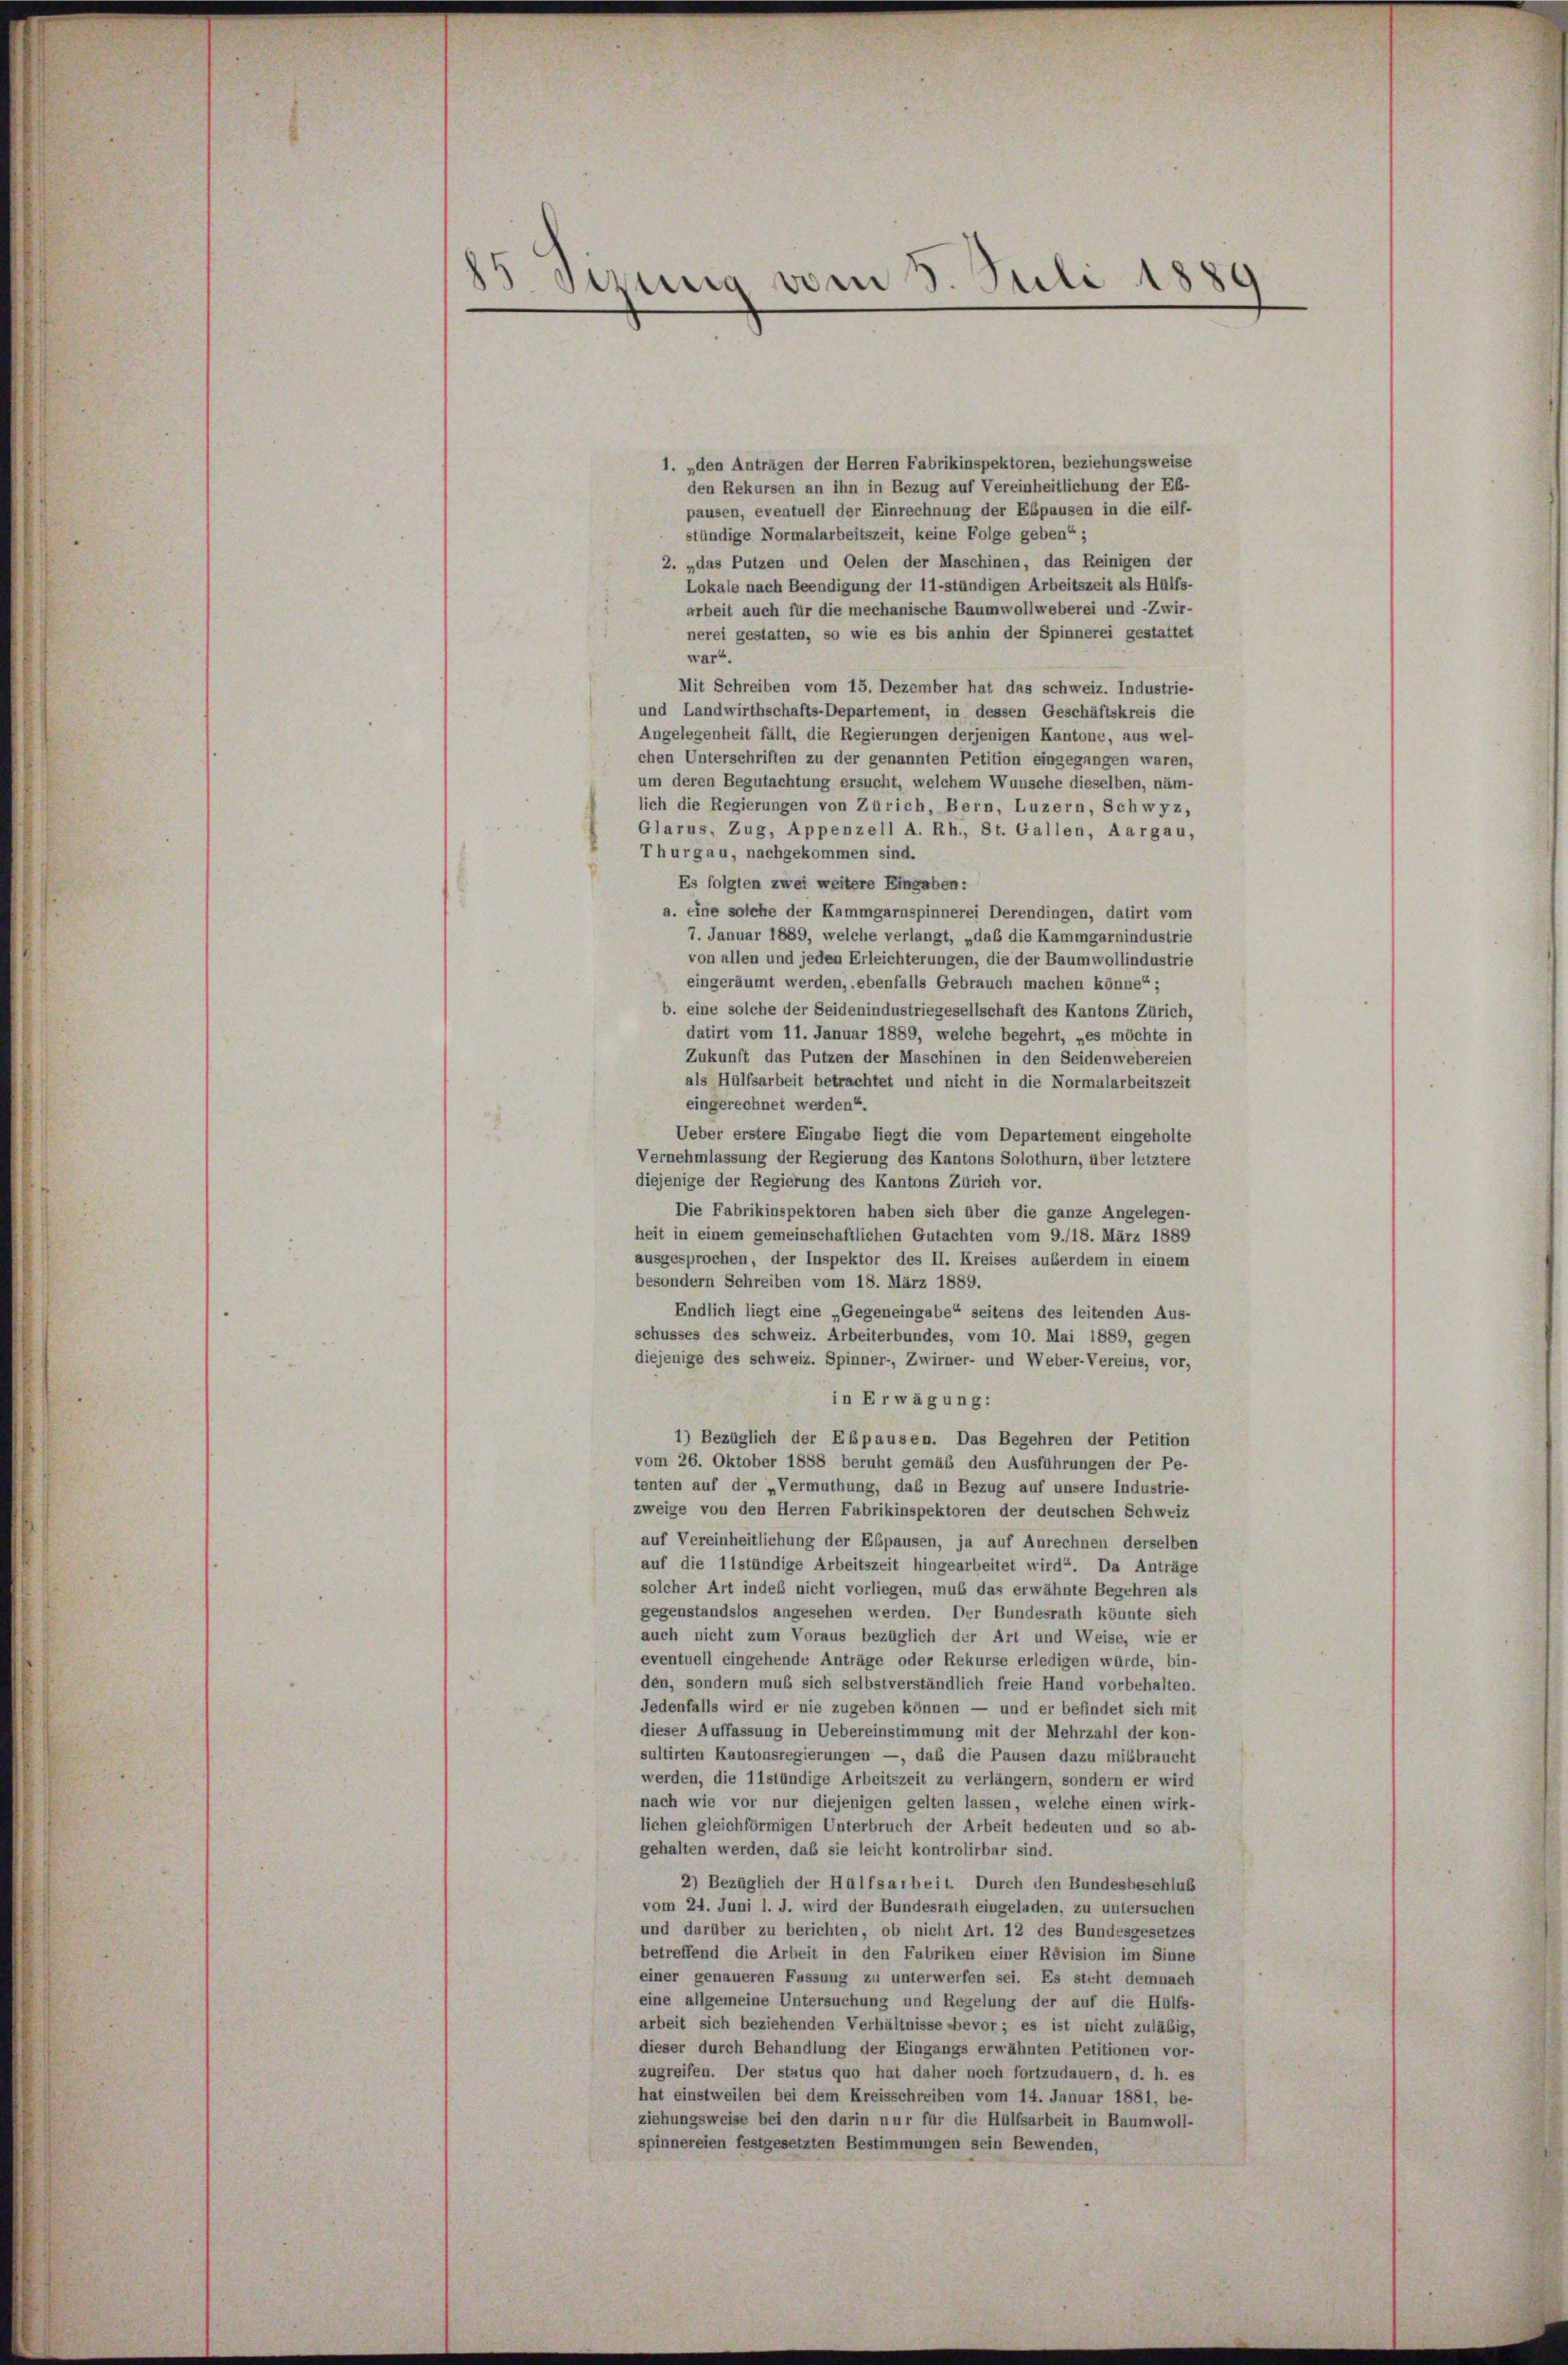
83. stung vom 3. Juli 1880

1. „den Anträgen der Herren Fabrikinspektoren, beziehungsweise
den Rekursen an ihn in Bezug auf Vereinheitlichung der Eb-
pausen, eventuell der Einrechnung der Ebpausen in die eilf-
stündige Normalarbeitszeit, keine Folge geben“;
2. „das Putzen und Oelen der Maschinen, das Reinigen der
Lokale nach Beendigung der 11-stündigen Arbeitszeit als Hülfs-
arbeit auch für die mechanische Baumwollweberei und -Zwir-
nerei gestatten, so wie es bis anhin der Spinnerei gestattet
warf.
Mit Schreiben vom 15. Dezember hat das schweiz. Industrie-
und Landwirthschafts-Departement, in dessen Geschäftskreis die
Angelegenheit fällt, die Regierungen derjenigen Kantone, aus wel-
chen Unterschriften zu der genannten Petition eingegangen waren,
um deren Begutachtung ersucht, welchem Wunsche dieselben, näm-
lich die Regierungen von Zürich, Bern, Luzern, Schwyz,
Glarus, Zug, Appenzell A. Rh., St. Gallen, Aargau,
Thurgau, nachgekommen sind.
Es folgten zwei weitere Eingaben:
a. eine solche der Kammgarnspinnerei Derendingen, datirt vom
7. Januar 1889, welche verlangt, „daß die Kammgarnindustrie
von allen und jeden Erleichterungen, die der Baumwollindustrie
eingeräumt werden, ebenfalls Gebrauch machen könne“ ;
b. eine solche der Seidenindustriegesellschaft des Kantons Zürich,
datirt vom 11. Januar 1889, welche begehrt, „es möchte in
Zukunft das Putzen der Maschinen in den Seidenwebereien
als Hülfsarbeit betrachtet und nicht in die Normalarbeitszeit
eingerechnet werden“.
Ueber erstere Eingabe liegt die vom Departement eingeholte
Vernehmlassung der Regierung des Kantons Solothurn, über letztere
diejenige der Regierung des Kantons Zürich vor.
Die Fabrikinspektoren haben sich über die ganze Angelegen-
heit in einem gemeinschaftlichen Gutachten vom 9./18. März 1889
ausgesprochen, der Inspektor des II. Kreises außerdem in einem
besondern Schreiben vom 18. März 1889.
Endlich liegt eine „Gegeneingabe“ seitens des leitenden Aus-
schusses des schweiz. Arbeiterbundes, vom 10. Mai 1889, gegen
diejenige des schweiz. Spinner-, Zwirner- und Weber-Vereins, vor,
in Erwägung:
1) Bezüglich der Ebpausen. Das Begehren der Petition
vom 26. Oktober 1888 beruht gemäß den Ausführungen der Pe-
tenten auf der „Vermuthung, das in Bezug auf unsere Industrie-
zweige von den Herren Fabrikinspektoren der deutschen Schweiz
auf Vereinheitlichung der Ebpausen, ja auf Anrechnen derselben
auf die 11stündige Arbeitszeit hingearbeitet wird“. Da Anträge
solcher Art indeß nicht vorliegen, mus das erwähnte Begehren als
gegenstandslos angesehen werden. Der Bundesrath könnte sich
auch nicht zum Voraus bezüglich der Art und Weise, wie er
eventuell eingehende Anträge oder Rekurse erledigen würde, bin-
den, sondern muß sich selbstverständlich freie Hand vorbehalten.
Jedenfalls wird er nie zugeben können — und er befindet sich mit
dieser Auffassung in Uebereinstimmung mit der Mehrzahl der kon-
sultirten Kantonsregierungen —, daß die Pausen dazu mißbraucht
werden, die 11stündige Arbeitszeit zu verlängern, sondern er wird
nach wie vor nur diejenigen gelten lassen, welche einen wirk-
lichen gleichförmigen Unterbruch der Arbeit bedeuten und so ab-
gehalten werden, daß sie leicht kontrolirbar sind.
2) Bezüglich der Hülfsarbeit. Durch den Bundesbeschluß
vom 24. Juni l. J. wird der Bundesrath eingeladen, zu untersuchen
und darüber zu berichten, ob nicht Art. 12 des Bundesgesetzes
betreffend die Arbeit in den Fabriken einer Revision im Sinne
einer genaueren Fassung zu unterwerfen sei. Es steht demnach
eine allgemeine Untersuchung und Regelung der auf die Hülfs-
arbeit sich beziehenden Verhältnisse bevor; es ist nicht zuläßig,
dieser durch Behandlung der Eingangs erwähnten Petitionen vor-
zugreifen. Der status quo hat daher noch fortzudauern, d. h. es
hat einstweilen bei dem Kreisschreiben vom 14. Januar 1881, be-
ziehungsweise bei den darin nur für die Hülfsarbeit in Baumwoll-
spinnereien festgesetzten Bestimmungen sein Bewenden,